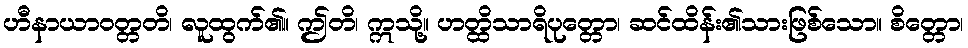
ဟီနာယာဝတ္တတိ၊ လူထွက်၏။ ဤတိ၊ ဣသို့။ ဟတ္ထိသာရိပုတ္တော၊ ဆင်ထိန်း၏သားဖြစ်သော။ စိတ္တော၊